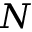
N